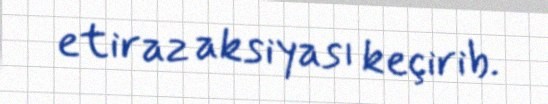
etiraz aksiyası keçirib.